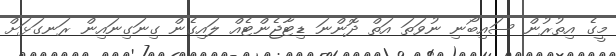
މީގެ އިތުރުން ސައިބޯނި ނުވަތަ އަތް ދޮންނަ ޑިޓާޖެންޓެއް ލައިގެން ގިނަގިނައިން ރަނގަޅަށް